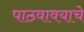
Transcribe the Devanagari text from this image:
पाठवावयाचे